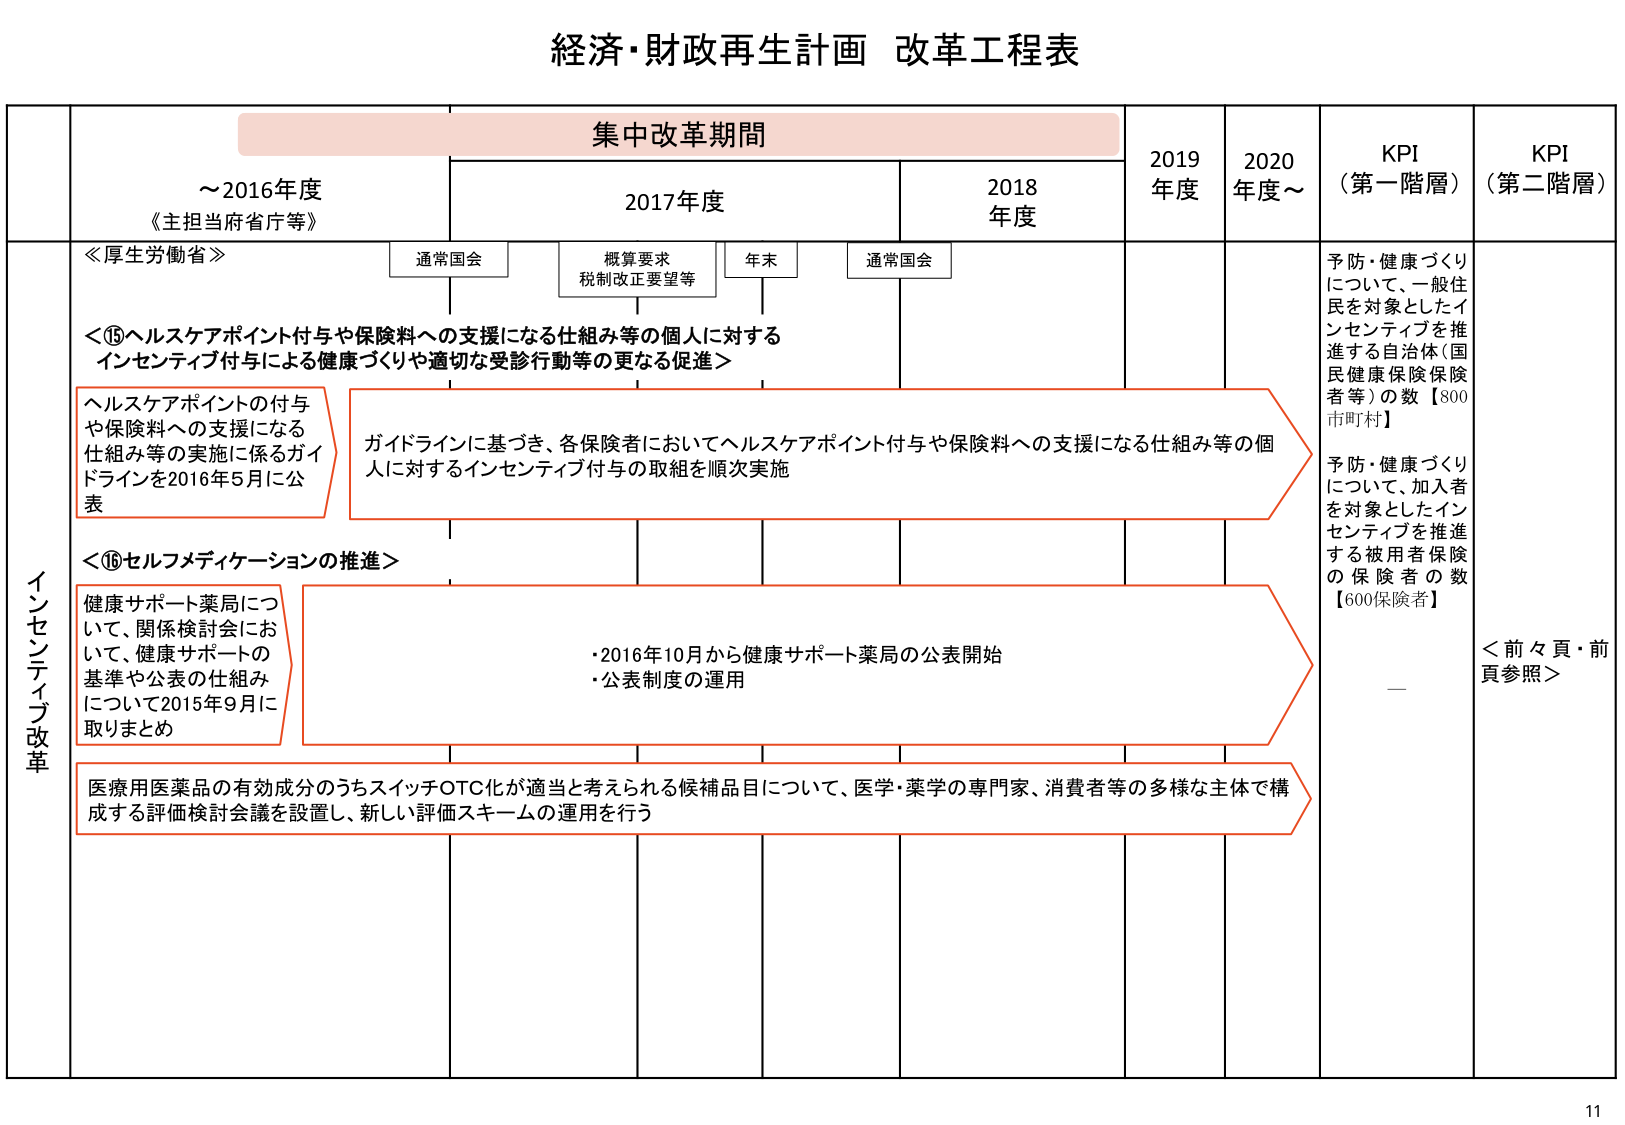
経済・財政再生計画 改革工程表

集中改革期間

～2016年度
《主担当府省庁等》

2017年度
通常国会
概算要求
税制改正要望等
年末
通常国会

2018年度

2019年度

2020年度～

KPI
（第一階層）

KPI
（第二階層）

≪厚生労働省≫

＜⑮ヘルスケアポイント付与や保険料への支援になる仕組み等の個人に対する
インセンティブ付与による健康づくりや適切な受診行動等の更なる促進＞

ヘルスケアポイントの付与
や保険料への支援になる
仕組み等の実施に係るガイ
ドラインを2016年5月に公
表

ガイドラインに基づき、各保険者においてヘルスケアポイント付与や保険料への支援になる仕組み等の個人に対するインセンティブ付与の取組を順次実施

予防・健康づくり
について、一般住
民を対象としたイ
ンセンティブを推
進する自治体（国
民健康保険保険
者等）の数【800
市町村】

予防・健康づくり
について、加入者
を対象としたイン
センティブを推進
する被用者保険
の保険者の数
【600保険者】

＜前々頁・前
頁参照＞

＜⑯セルフメディケーションの推進＞

健康サポート薬局につ
いて、関係検討会にお
いて、健康サポートの
基準や公表の仕組み
について2015年9月に
取りまとめ

・2016年10月から健康サポート薬局の公表開始
・公表制度の運用

医療用医薬品の有効成分のうちスイッチOTC化が適当と考えられる候補品目について、医学・薬学の専門家、消費者等の多様な主体で構成する評価検討会議を設置し、新しい評価スキームの運用を行う

インセンティブ改革

11